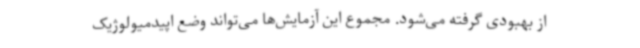
از بهبودی گرفته می‌شود. مجموع این آزمایش‌ها می‌تواند وضع اپیدمیولوژیک